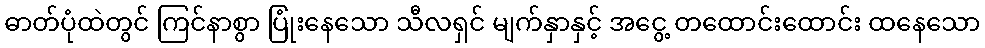
ဓာတ်ပုံထဲတွင် ကြင်နာစွာ ပြုံးနေသော သီလရှင် မျက်နှာနှင့် အငွေ့ တထောင်းထောင်း ထနေသော